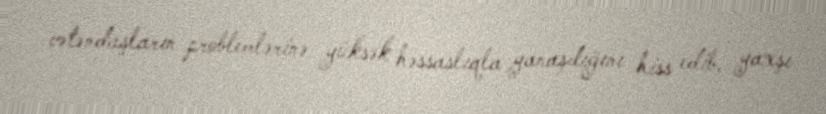
vətəndaşların problemlərinə yüksək həssaslıqla yanaşdığını hiss edib, yaxşı